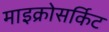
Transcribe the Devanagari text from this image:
माइक्रोसर्किट